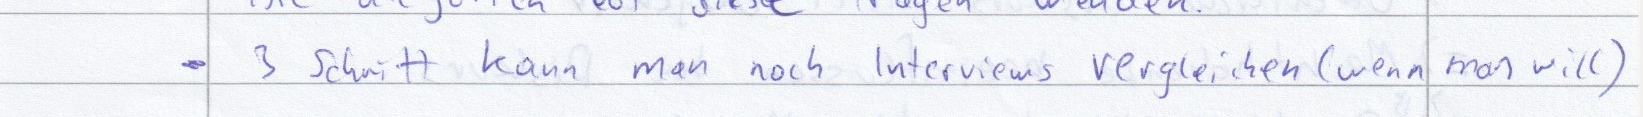
- 3 Schritt kann man noch Interviews verleichen (wenn man will)